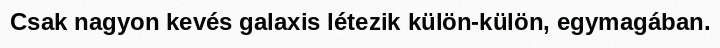
Csak nagyon kevés galaxis létezik külön-külön, egymagában.